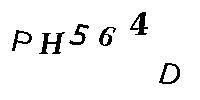
PH564D